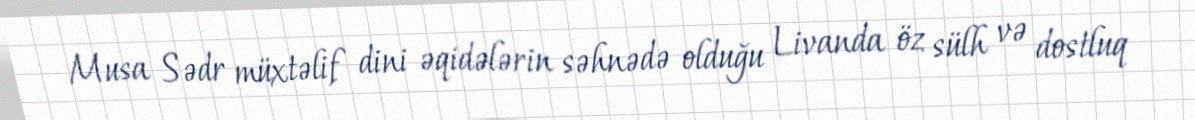
Musa Sədr müxtəlif dini əqidələrin səhnədə olduğu Livanda öz sülh və dostluq